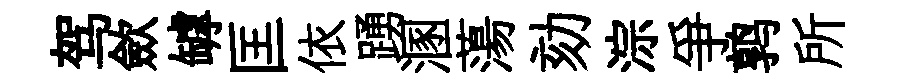
驾歛罅匡依踴溷蕩劾淙爭鹑所